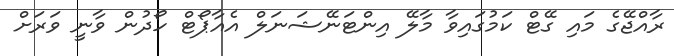
ރާއްޖޭގެ މައި ގޭޓް ކަމުގައިވާ މާލޭ އިންޓަނޭޝަނަލް އެއާޕޯޓް ހޯދުން ވާނީ ވަރަށް